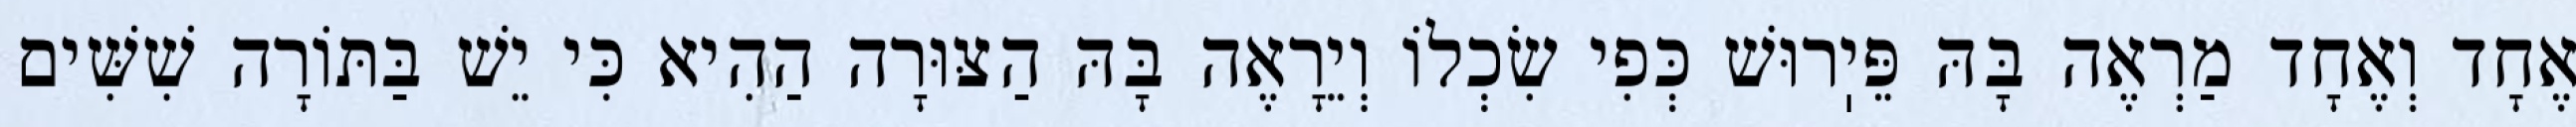
אֶחָד וְאֶחָד מַרְאֶה בָּהּ פֵּיֽרוּשׁ כְּפִי שִׂכְלוֹ וְיֵרָאֶה בָּהּ הַצּוּרָה הַהִיא כִּי יֵשׁ בַּתּוֹרָה שִׁשִּׁים